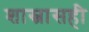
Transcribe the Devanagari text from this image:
शास्त्रासही